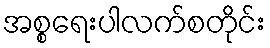
အစ္စရေးပါလက်စတိုင်း